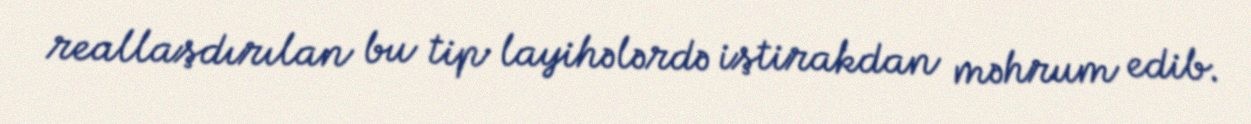
reallaşdırılan bu tip layihələrdə iştirakdan məhrum edib.